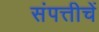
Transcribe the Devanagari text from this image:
संपत्तीचें